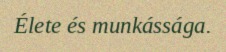
Élete és munkássága.